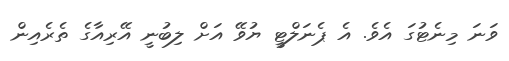
ވަނަ މިނެޓުގަ އެވެ. އެ ޕެނަލްޓީ ޔުވޭ އަށް ލިބުނީ އޭރިއާގެ ތެރެއިން